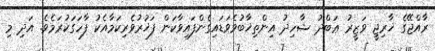
ރާއްޖޭގެ ޚާރިޖީ ވަޒީރު ޢަބްދު ޝާހިދު އިންތިޚާބުވެވަޑައިގެންފައިވާކަން ފަޚުރުވެރިކަމާއެކު ފާހަގަކުރަމެވެ. އަދި މި